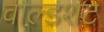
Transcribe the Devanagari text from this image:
वाल्डशट